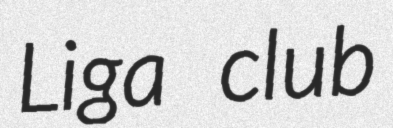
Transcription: Liga club